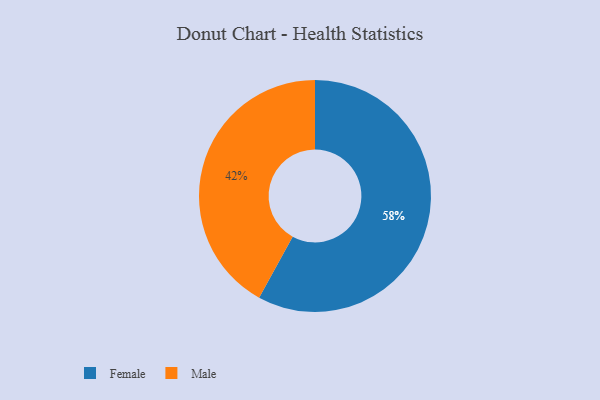
{"axis": {"x": "Category", "y": "Percentage"}, "legend": ["Female", "Male"], "data": [{"x": "Female", "y": 58, "type": "Female"}, {"x": "Male", "y": 42, "type": "Male"}]}